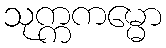
သုက္ကကမ္မော